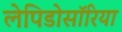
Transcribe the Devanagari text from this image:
लेपिडोसॉरिया